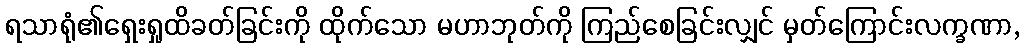
ရသာရုံ၏ရှေးရှုထိခတ်ခြင်းကို ထိုက်သော မဟာဘုတ်ကို ကြည်စေခြင်းလျှင် မှတ်ကြောင်းလက္ခဏာ,